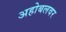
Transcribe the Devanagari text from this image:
अहोबलवर